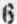
6